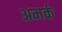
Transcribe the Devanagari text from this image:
अमर्क